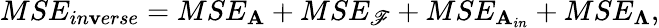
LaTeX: MSE_{in\mathbf{v}erse}=MSE_{\mathbf{A}}+MSE_{\mathscr{F}}+MSE_{\mathbf{A}_{in}}+MSE_{\boldsymbol{\Lambda}},